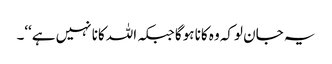
یہ جان لوکہ وہ کانا ہوگا جبکہ اللہ کانا نہیں ہے‘‘۔